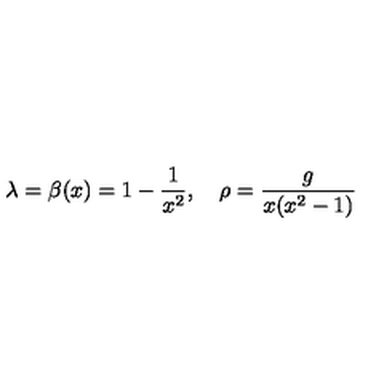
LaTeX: \lambda = \beta ( x ) = 1 - { \frac { 1 } { x ^ { 2 } } } , \quad \rho = { \frac { g } { x ( x ^ { 2 } - 1 ) } }